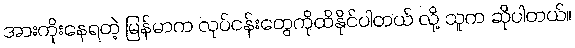
အားကိုးနေရတဲ့ မြန်မာက လုပ်ငန်းတွေကိုထိနိုင်ပါတယ် လို့ သူက ဆိုပါတယ်။